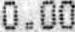
0.00